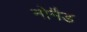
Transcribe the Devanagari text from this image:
नोमैड